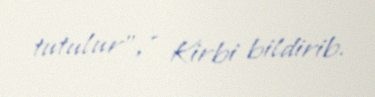
tutulur”, - Kirbi bildirib.